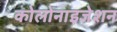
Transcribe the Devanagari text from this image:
कोलोनाइजेशन